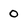
Character: 0